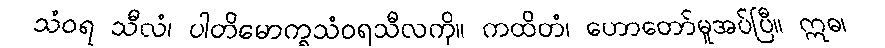
သံဝရ သီလံ၊ ပါတိမောက္ခသံဝရသီလကို။ ကထိတံ၊ ဟောတော်မူအပ်ပြီ။ ဣဓ၊